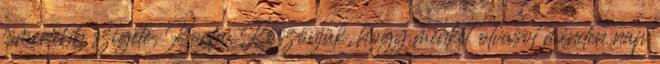
ismertebb szigete, Korfu. Köszönjük, hogy minket olvasol minden nap